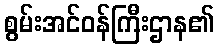
စွမ်းအင်ဝန်ကြီးဌာန၏